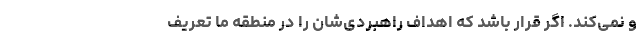
و نمی‌کند. اگر قرار باشد که اهداف راهبردی‌شان را در منطقه ما تعریف